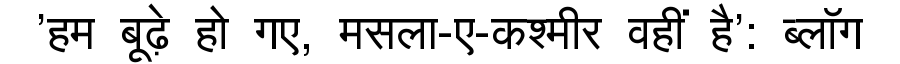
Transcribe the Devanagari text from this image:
'हम बूढ़े हो गए, मसला-ए-कश्मीर वहीं है': ब्लॉग